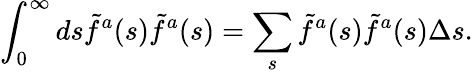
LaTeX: \int_{0}^{\infty}ds\tilde{f}^{a}(s)\tilde{f}^{a}(s)=\sum_{s}\tilde{f}^{a}(s)\tilde{f}^{a}(s)\Delta s.